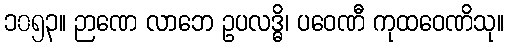
၁၀၅၃။ ဉာဏေ လာဘေ ဥပလဒ္ဓိ၊ ပဝေဏီ ကုထဝေဏိသု။